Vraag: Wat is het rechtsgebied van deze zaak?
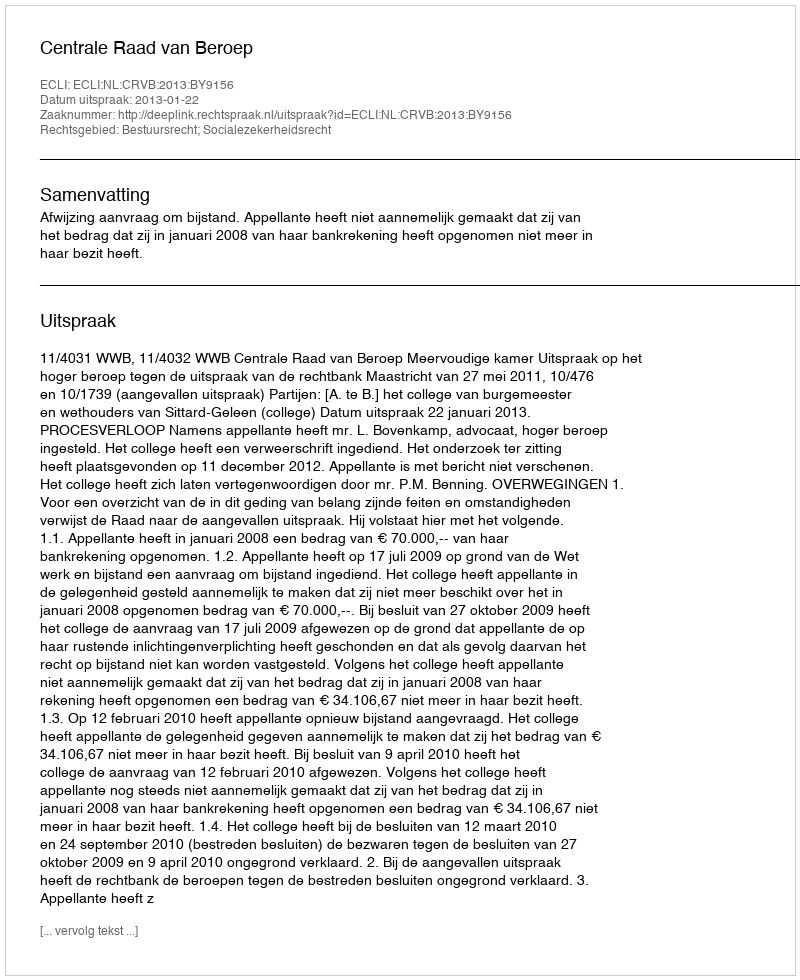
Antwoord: Bestuursrecht; Socialezekerheidsrecht